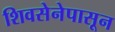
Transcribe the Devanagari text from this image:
शिवसेनेपासून